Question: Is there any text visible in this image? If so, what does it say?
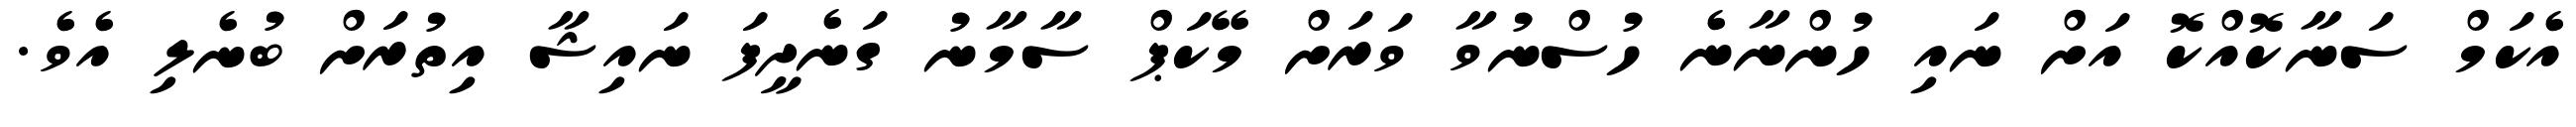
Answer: އެކަމް ސަނާކޮއްކޮ އަށް ނައި ހުންނާނެ ހުސްނުވާ ވަރަށް މޭކަޕް ސާމާނު ގަނެދީފަ ނައިޝާ އިތުރަށް ބުނެލި އެވެ.